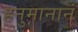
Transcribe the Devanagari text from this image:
हनुमानानं